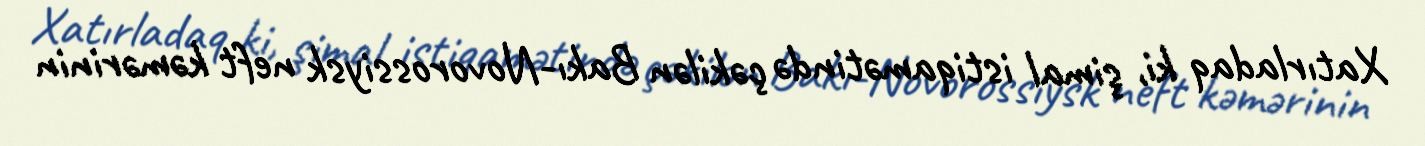
Xatırladaq ki, şimal istiqamətində çəkilən Bakı-Novorossiysk neft kəmərinin